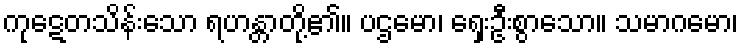
ကုဋေတသိန်းသော ရဟန္တာတို့၏။ ပဌမော၊ ရှေးဦးစွာသော။ သမာဂမော၊